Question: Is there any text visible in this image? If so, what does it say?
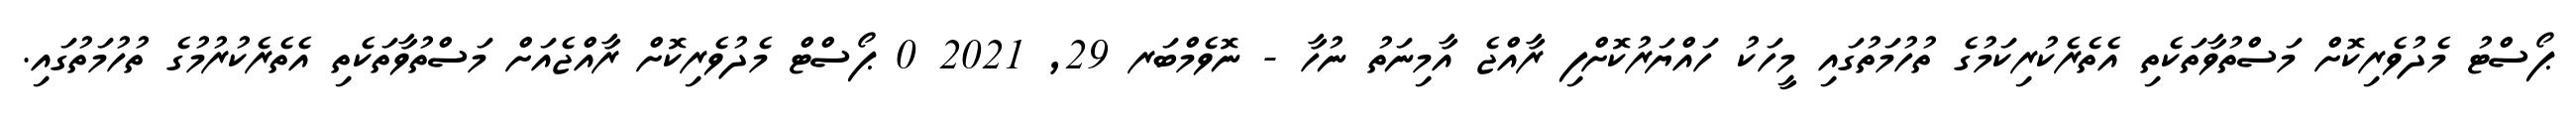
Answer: ޕޯސްޓު މެދުވެރިކޮށް މަސްތުވާތަކެތި އެތެރެކުރިކަމުގެ ތުހުމަތުގައި މީހަކު ހައްޔަރުކޮށްފި ރާއްޖެ އާމިނަތު ނުހާ - ނޮވެމްބަރ 29, 2021 0 ޕޯސްޓް މެދުވެރިކޮށް ރާއްޖެއަށް މަސްތުވާތަކެތި އެތެރެކުރުމުގެ ތުހުމަތުގައި.